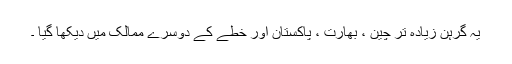
یہ گرہن زیادہ تر چین ، بھارت ، پاکستان اور خطے کے دوسرے ممالک میں دیکھا گیا ۔